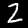
Label: 2